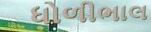
ધોળીભાલ